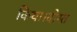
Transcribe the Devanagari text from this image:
किया।दोस्त